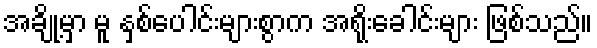
အချို့မှာ မူ နှစ်ပေါင်းများစွာက အရိုးခေါင်းများ ဖြစ်သည်။